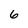
Character: 6